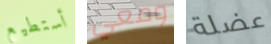
أستطيع ومعي عضلة